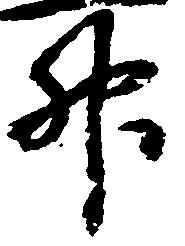
升